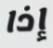
إذا